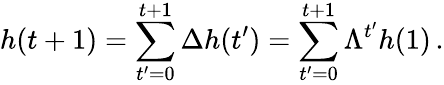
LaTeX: h(t+1)=\sum_{t^{\prime}=0}^{t+1}\Delta h(t^{\prime})=\sum_{t^{\prime}=0}^{t+1}\Lambda^{t^{\prime}}h(1)\, .